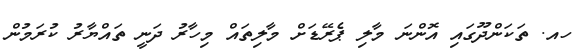
ހއ. ތަކަންދޫގައި އޮންނަ މާލި ޕެރޭޑަށް މާލިތައް މިހާރު ދަނީ ތައްޔާރު ކުރަމުން